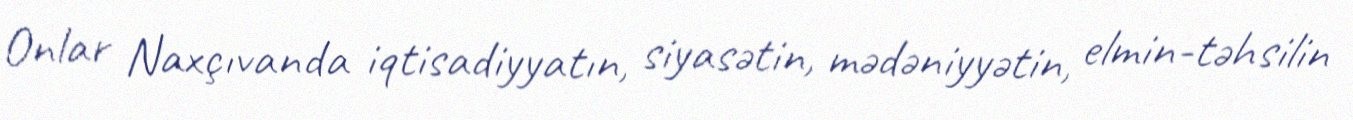
Onlar Naxçıvanda iqtisadiyyatın, siyasətin, mədəniyyətin, elmin-təhsilin